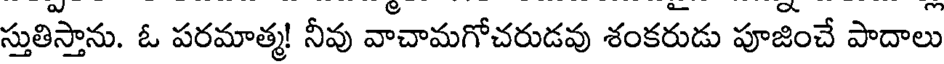
స్తుతిస్తాను. ఓ పరమాత్మ! నీవు వాచామగోచరుడవు శంకరుడు పూజించే పాదాలు